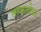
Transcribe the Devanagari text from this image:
ताकतोडा